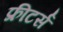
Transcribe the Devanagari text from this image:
फ्रीटर्स